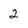
Character: 2